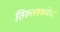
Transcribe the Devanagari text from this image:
तिरुत्तक्कदेवर्